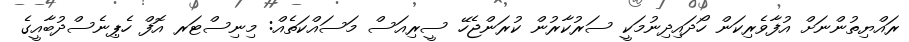
ރައްޔިތުންނަށް އުފާވެރިކަން ހޯދައިދިނުމަކީ ސަރުކާރުން ކުރަންޖެހޭ ސީރިއަސް މަސައްކަތެއް: މިނިސްޓަރ އޮފް ހެޕިނެސްދުބާއީގެ